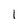
Character: I